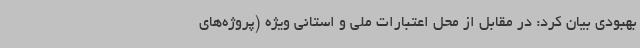
بهبودی بیان کرد: در مقابل از محل اعتبارات ملی و استانی ویژه (پروژه‌های